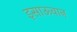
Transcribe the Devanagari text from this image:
इसाऊवान